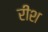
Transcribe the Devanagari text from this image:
रीश